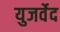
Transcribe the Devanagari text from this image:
युजर्वेद